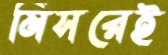
মিসরেই